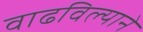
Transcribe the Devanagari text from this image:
वाढविल्याने